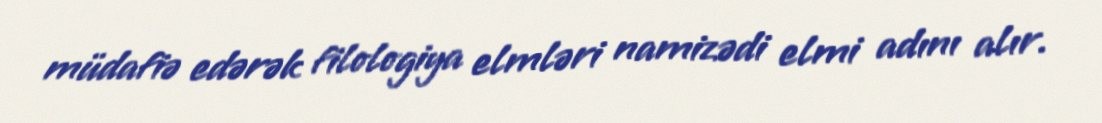
müdafiə edərək filologiya elmləri namizədi elmi adını alır.